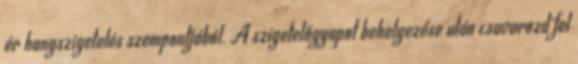
ér hangszigetelés szempontjából. A szigetelőgyapot behelyezése után csavarozd fel